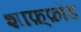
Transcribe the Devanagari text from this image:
शाफ़्फ़ॉड